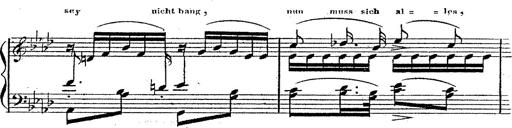
Title: 12 Lieder von Franz Schubert
Composer: Franz Liszt